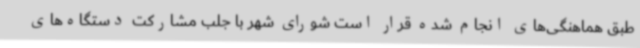
طبق هماهنگی‌های انجام شده قرار است شورای شهر با جلب مشارکت دستگاه‌های